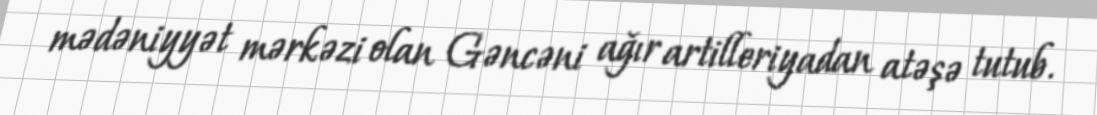
mədəniyyət mərkəzi olan Gəncəni ağır artilleriyadan atəşə tutub.